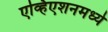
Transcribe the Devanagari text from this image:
एव्हिएशनमध्ये